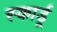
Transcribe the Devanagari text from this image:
स्कार्डू